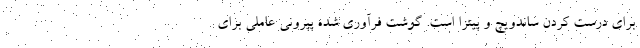
برای درست کردن ساندویچ و پیتزا است. گوشت فرآوری شده پپرونی عاملی برای